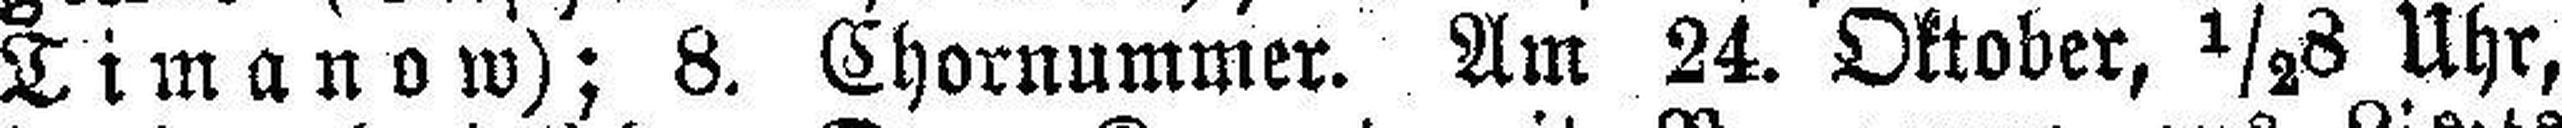
Timanow); 8. Chornummer. Am 24. Oktober, ½8 Uhr,